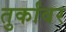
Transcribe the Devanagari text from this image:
तुर्कांवर